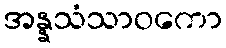
အန္နသံသာဝကော